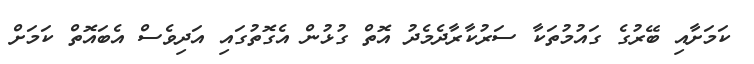
ކަމަށާއި ބޭރުގެ ގައުމުތަކާ ސަރުކާރާދެމެދު އޮތް ގުޅުން އެގޮތުގައި އަދިވެސް އެބައޮތް ކަމަށް